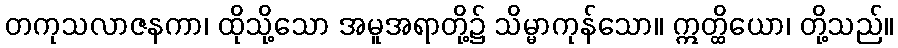
တကုသလာဇနကာ၊ ထိုသို့သော အမူအရာတို့၌ သိမ္မာကုန်သော။ ဣတ္ထိယော၊ တို့သည်။